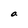
Character: a